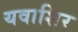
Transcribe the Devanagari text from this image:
यवाशिर